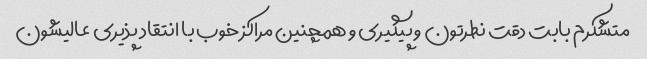
متشکرم بابت دقت نطرتون و پیگیری و همچنین مراکز خوب با انتقاد پذیری عالیشون